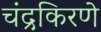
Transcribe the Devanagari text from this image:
चंद्रकिरणे